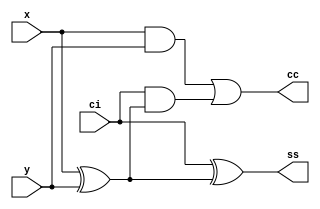
module full_adder(ss,cc,x,y,ci);
input x,y,ci;
 output ss,cc;
 wire s1,c1,c2; 
  xor(s1,x,y);
  and(c1,x,y);
  xor(ss,ci,s1);
  and(c2,ci,s1);
  or(cc,c1,c2);
endmodule
module full_adder_4b (s,c,a,b,cin);
  input [3:0] a,b;
  input cin;
  output [3:0]s;
  output c;
  wire c1,c2,c3;
  full_adder fa0(s[0],c1,a[0],b[0],cin);
  full_adder fa1(s[1],c2,a[1],b[1],c1);
  full_adder fa2(s[2],c3,a[2],b[2],c2);
  full_adder fa3(s[3],c,a[3],b[3],c3);
  
 
endmodule